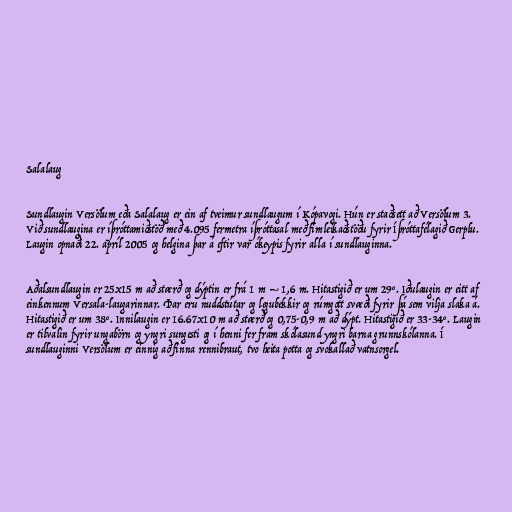
Salalaug

Sundlaugin Versölum eða Salalaug er ein af tveimur sundlaugum í Kópavogi. Hún er staðsett að Versölum 3.
Við sundlaugina er íþróttamiðstöð með 4.095 fermetra íþróttasal með fimleikaðstöðu fyrir Íþróttafélagið Gerplu.
Laugin opnaði 22. apríl 2005 og helgina þar á eftir var ókeypis fyrir alla í sundlauginna.

Aðalsundlaugin er 25x15 m að stærð og dýptin er frá 1 m – 1,6 m. Hitastigið er um 29°. Iðulaugin er eitt af
einkennum Versala-laugarinnar. Þar eru nuddstútar og legubekkir og rúmgott svæði fyrir þá sem vilja slaka á.
Hitastigið er um 38°. Innilaugin er 16.67x10 m að stærð og 0,75-0,9 m að dýpt. Hitastigið er 33-34°. Laugin
er tilvalin fyrir ungabörn og yngri sungesti og í henni fer fram skólasund yngri barna grunnskólanna. Í
sundlauginni Versölum er einnig að finna rennibraut, tvo heita potta og svokallað vatnsorgel.